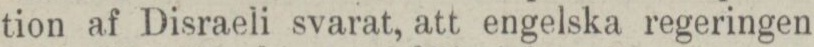
tion af Disraeli svarat, att engelska regeringen